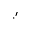
\cdot ^ { \prime }